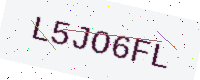
Text: L5JO6FL